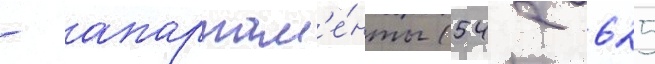
- апартам'е́нты (542 625